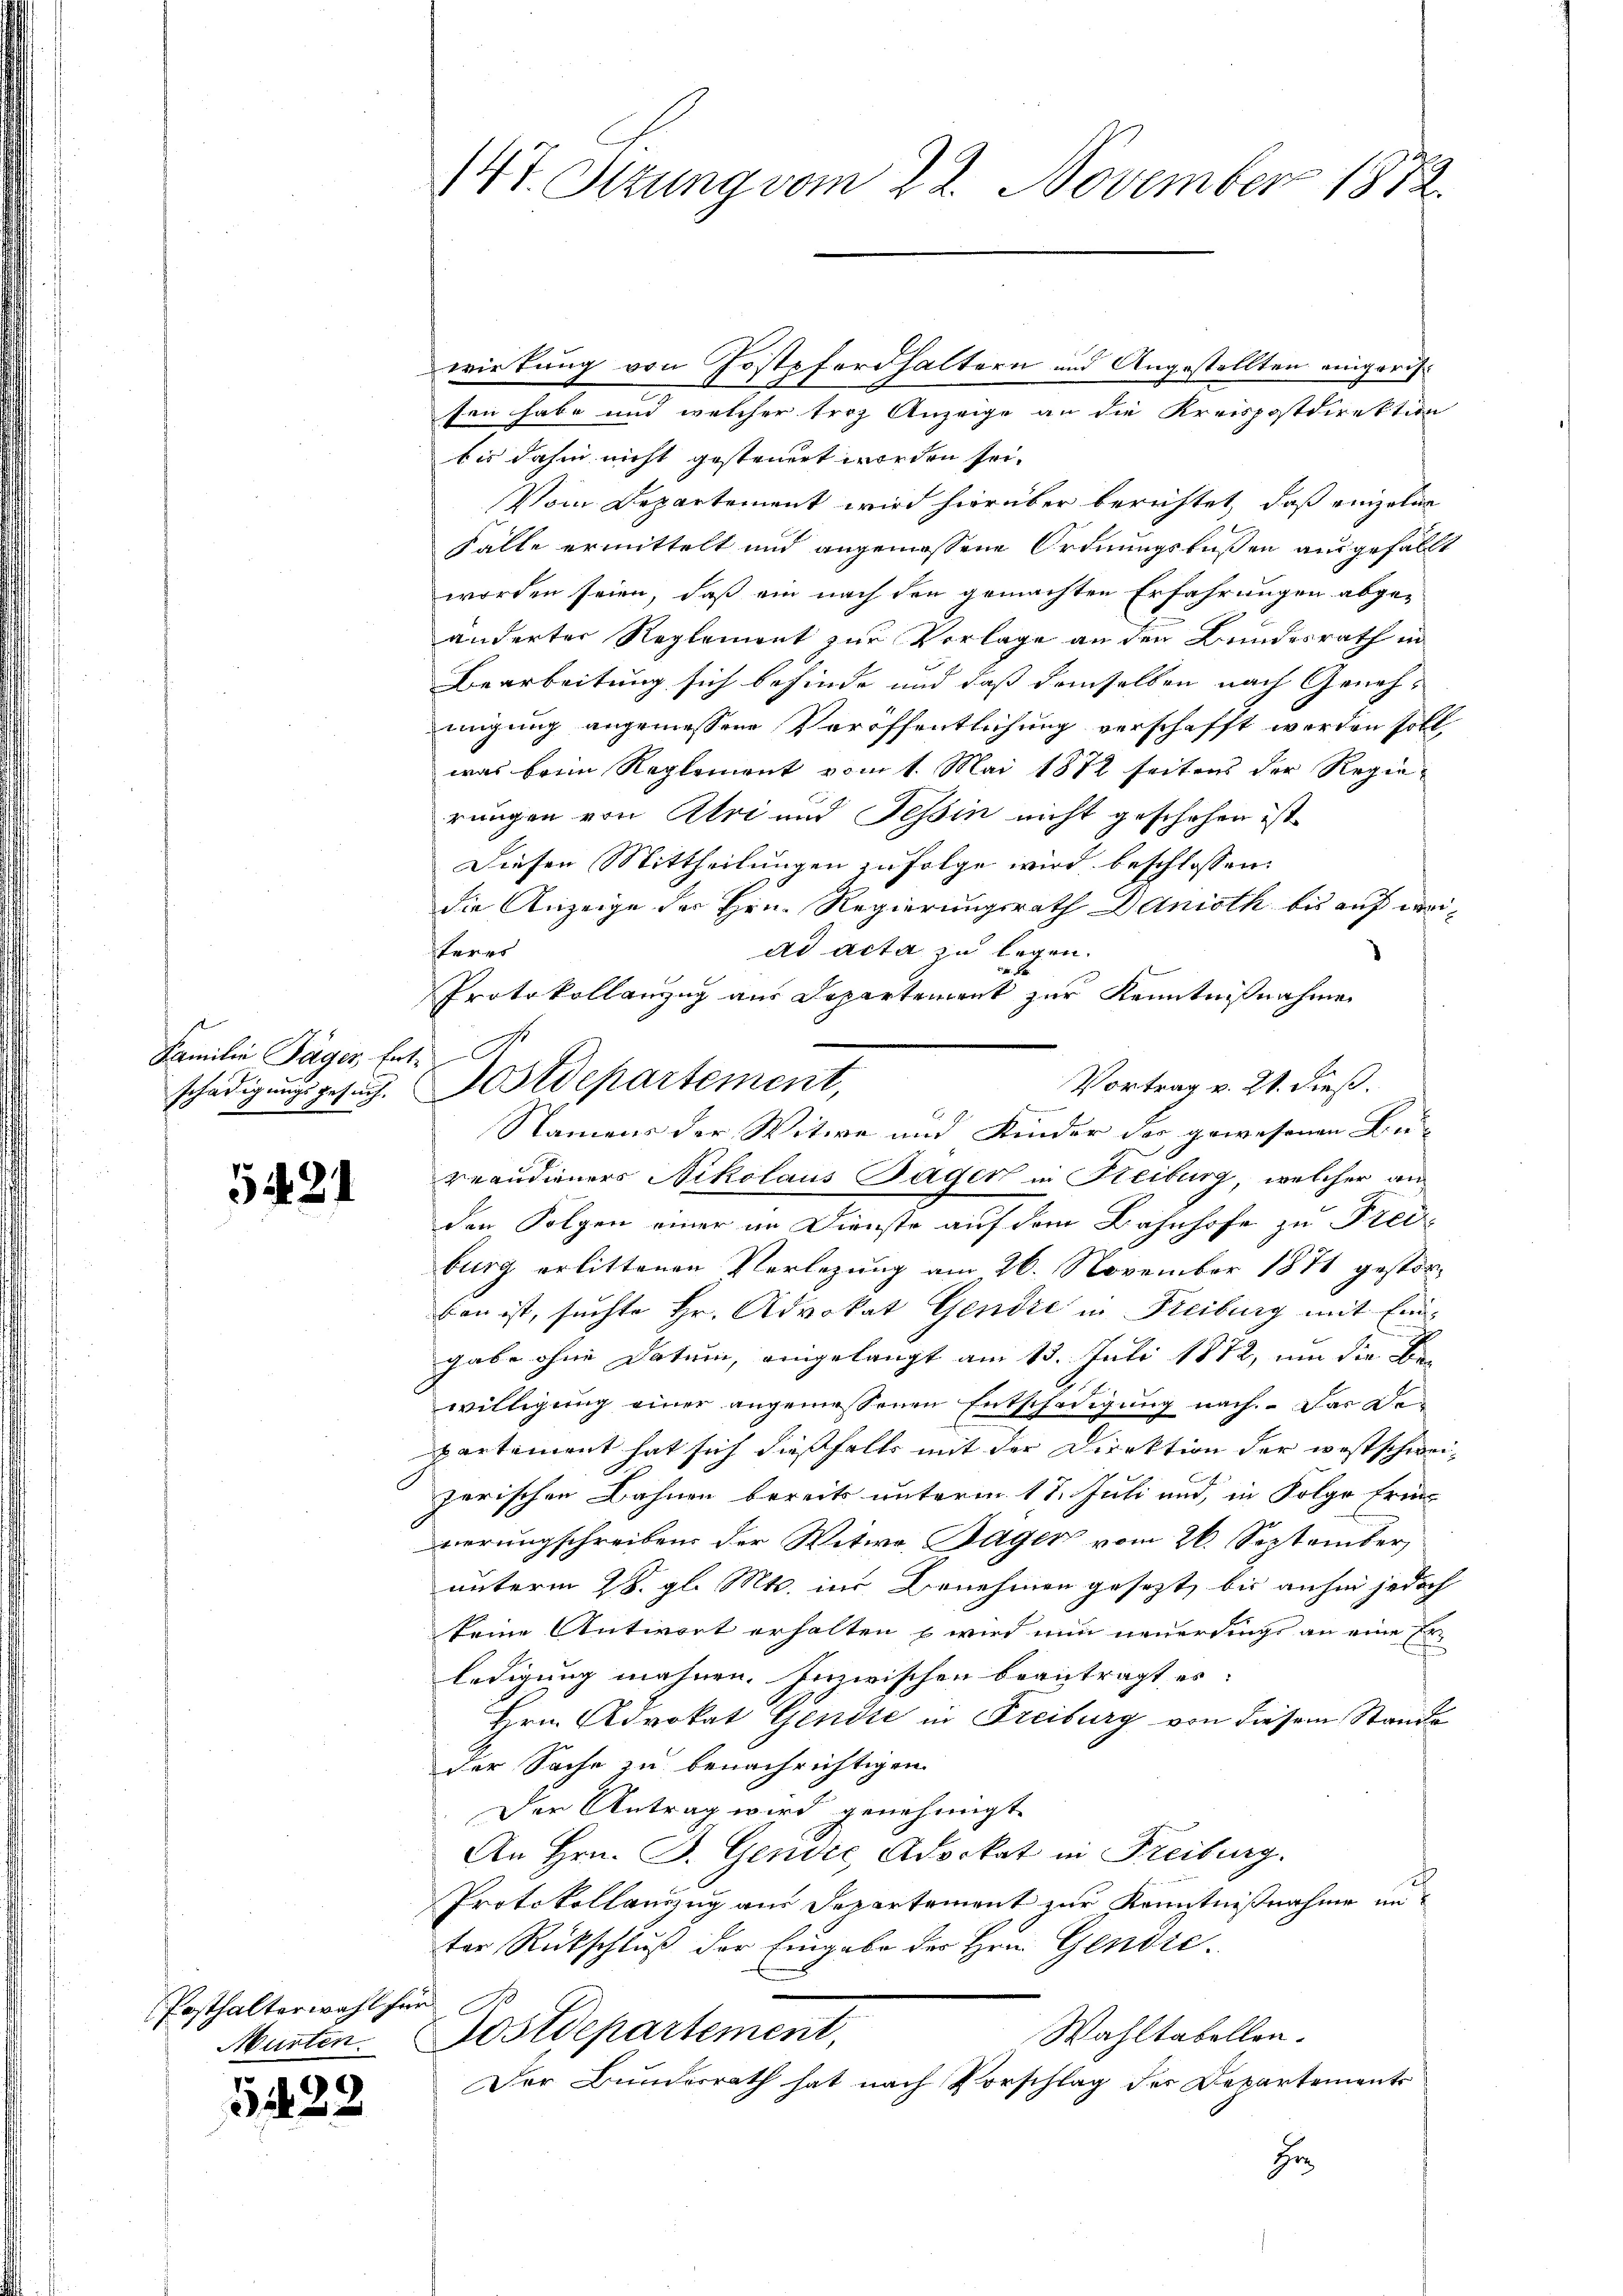
Familie Tager Ent

521

Posthalterwahl her
Murten.

5428

sen habe und welcher troz Anzeige an die Kreispostdirektion
bis dahin nicht gesteuert worden sei.
Vom Departement wird hierüber berichtet, daß einzelne
Falle ermittelt und angemessene Ordnungsbußen ausgefällt
worden seien, daß ein nach den gemachten Erfahrungen abge-
änderter Reglement zur Vorlage an den Bundesrath in
Bearbeitung sich befinde und daß demselben nach Genehmigung angemessene Veröffentlichung verschafft werden soll,
was beim Reglement vom 1. Mai 1872 seitens der Regierungen von Atri und Tessin nicht geschehen ist.
Diesen Mittheilungen zufolge wird beschlossen:
die Anzeige der Hrn. Regierungsrath Danioth bis auf von
ad acta zu legen.
sherrs
. B.
Protokollanzug aus Departement zur Kenntnißnahme
Vortrag v. 21. dieß.
Namens der Witwe und Kinder der gewesenen Bei-
Brandieners Nikolaus Jäger in Reiburg, welcher an
den Folgen einer in Dienste auf dem Bahnhofe zu Pred
burg erlittenen Verletzung am 26. November 1871 gestorban ist, suchte Hr. Advokat Gendre in Freiburg mit Eingabe ohne Datum, eingelangt am 13. Juli 1872, um die Bewilligung einer angemessenen Entschädigung nach. Das De-
partement hat sich dießfalls mit der Direktion der westschwei-
zerischen Bahnen bereits unterm 17. Juli und, in Folge Erin-
werungschreiben der Witwe Sager vom 26. September
unterm 28. gl. Mts. in Benehmen gesezt, bis anhin jedoch
keine Antwort erhalten , wird nun neuerdings an eine Er
ledigung mahnen. Inzwischen beantragt es
Hrn. Advokat Gendie in Freiburg von diesem Stande
der Sache zu benachrichtigen.
Der Antrag wird genehmigt.
An Hrn. F. Gendie Adockat in Freiburg.
Protokollauszug aus Departement zur Kenntnißnahme unter Rückschluß der Eingabe des Hrn. Genose.
ostdepartement,
Wahltabellen.
Der Bunderrath hat nach Vorschlag des Departements
Hr

147. Ottung vom 22. November 1872.

schädigŭngsgesuch. Astdepartement,

wirkung von Jostpferdhaltern und Angestellten eingeris¬